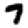
Digit: 7